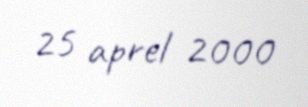
25 aprel 2000